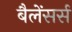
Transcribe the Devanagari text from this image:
बैलेंसर्स